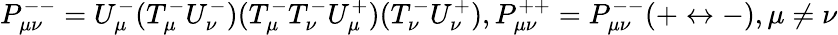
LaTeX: P_{\mu\nu}^{--}=U_{\mu}^{-}(T_{\mu}^{-}U_{\nu}^{-})(T_{\mu}^{-}T_{\nu}^{-}U_{\mu}^{+})(T_{\nu}^{-}U_{\nu}^{+}),P_{\mu\nu}^{++}=P_{\mu\nu}^{--}(+\leftrightarrow-),\mu\neq\nu